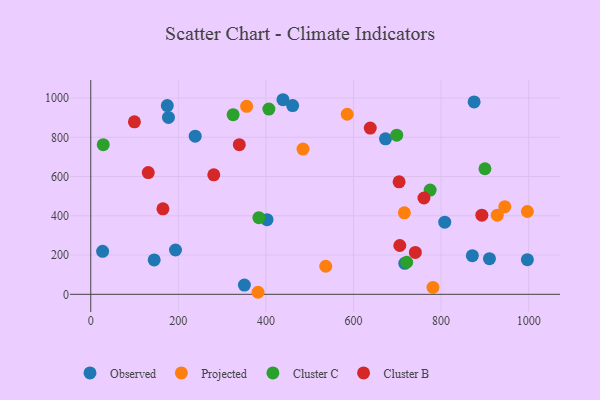
{"axis": {"x": "Investment", "y": "Profit"}, "legend": ["Cluster B", "Cluster C", "Observed", "Projected"], "data": [{"x": "997.0", "y": 176.5, "type": "Observed"}, {"x": "350.8", "y": 46.9, "type": "Observed"}, {"x": "808.3", "y": 367.8, "type": "Observed"}, {"x": "144.8", "y": 175.1, "type": "Observed"}, {"x": "717.0", "y": 157.9, "type": "Observed"}, {"x": "174.8", "y": 961.5, "type": "Observed"}, {"x": "402.5", "y": 380.3, "type": "Observed"}, {"x": "438.9", "y": 991.5, "type": "Observed"}, {"x": "193.5", "y": 225.7, "type": "Observed"}, {"x": "875.4", "y": 980.2, "type": "Observed"}, {"x": "673.0", "y": 792.3, "type": "Observed"}, {"x": "27.1", "y": 219.1, "type": "Observed"}, {"x": "238.5", "y": 805.8, "type": "Observed"}, {"x": "871.3", "y": 196.8, "type": "Observed"}, {"x": "910.4", "y": 181.6, "type": "Observed"}, {"x": "461.0", "y": 961.7, "type": "Observed"}, {"x": "177.4", "y": 901.1, "type": "Observed"}, {"x": "381.9", "y": 10.4, "type": "Projected"}, {"x": "355.9", "y": 958.0, "type": "Projected"}, {"x": "536.6", "y": 143.1, "type": "Projected"}, {"x": "484.7", "y": 740.0, "type": "Projected"}, {"x": "928.3", "y": 403.0, "type": "Projected"}, {"x": "997.0", "y": 422.0, "type": "Projected"}, {"x": "716.1", "y": 415.0, "type": "Projected"}, {"x": "945.5", "y": 446.8, "type": "Projected"}, {"x": "781.4", "y": 35.2, "type": "Projected"}, {"x": "585.6", "y": 917.5, "type": "Projected"}, {"x": "900.1", "y": 639.7, "type": "Cluster C"}, {"x": "325.1", "y": 915.2, "type": "Cluster C"}, {"x": "28.5", "y": 762.5, "type": "Cluster C"}, {"x": "698.7", "y": 811.1, "type": "Cluster C"}, {"x": "775.0", "y": 531.3, "type": "Cluster C"}, {"x": "406.7", "y": 943.9, "type": "Cluster C"}, {"x": "383.9", "y": 390.7, "type": "Cluster C"}, {"x": "721.5", "y": 163.4, "type": "Cluster C"}, {"x": "760.8", "y": 490.8, "type": "Cluster B"}, {"x": "339.2", "y": 762.3, "type": "Cluster B"}, {"x": "280.9", "y": 608.7, "type": "Cluster B"}, {"x": "99.7", "y": 878.9, "type": "Cluster B"}, {"x": "704.1", "y": 573.4, "type": "Cluster B"}, {"x": "705.7", "y": 248.8, "type": "Cluster B"}, {"x": "164.8", "y": 435.5, "type": "Cluster B"}, {"x": "741.2", "y": 213.3, "type": "Cluster B"}, {"x": "131.3", "y": 620.5, "type": "Cluster B"}, {"x": "893.0", "y": 403.3, "type": "Cluster B"}, {"x": "638.2", "y": 847.0, "type": "Cluster B"}]}